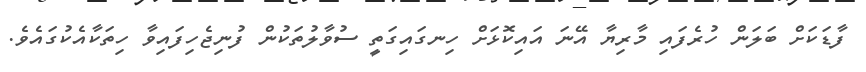
ފާޑަކަށް ބަލަން ހުރެފައި މާރިޔާ އޭނަ އައިކޮޅަށް ހިނގައިގަތީ ސުވާލުތަކުން ފުނިޖެހިފައިވާ ހިތަކާއެކުގައެވެ.